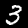
Digit: 3